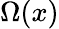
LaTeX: \Omega(x)